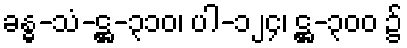
ခန္ဓ-သံ-ဋ္ဌ-၃၁၀၊ ပါ-၁၂၄၊ ဋ္ဌ-၃၀၀ ၌